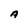
Character: A